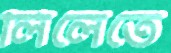
লিলেতে